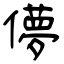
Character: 儚